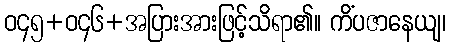
ဝ၄၅+ဝ၄၆+အပြားအားဖြင့်သိရာ၏။ ကိံပဇာနေယျ၊